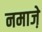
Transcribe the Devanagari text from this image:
नमाजे़